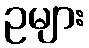
ဥများ